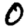
Digit: 0